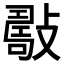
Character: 𢿟